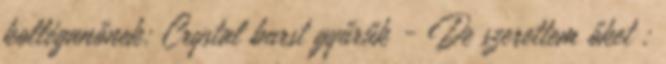
kolléganőnek: Crystal burst gyűrűk - De szerettem őket :